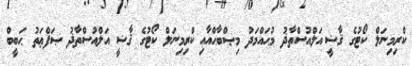
ކްރިމިނަލް ކޯޓުގެ ޤާޟީ އަލްއުސްތާޛު މުޙައްމަދު މިޞްބާޙްއާއި ކްރިމިނަލް ކޯޓުގެ ޤާޟީ އަލްއުސްތާޛު ޞަފްޢަތު ޙަބީބް